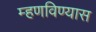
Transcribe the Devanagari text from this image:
म्हणविण्यास